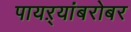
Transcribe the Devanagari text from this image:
पायऱ्यांबरोबर